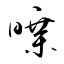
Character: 暲